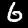
Digit: 6